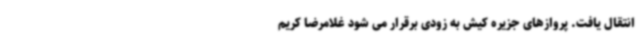
انتقال یافت. پروازهای جزیره کیش به زودی برقرار می شود غلامرضا کریم